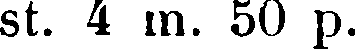
st. 4 in. 50 p.